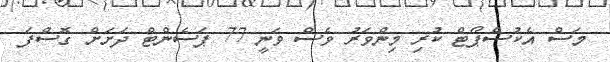
މަސް އެކުސްޕޯޓް ކުރި މިންވަރު ވެސް ވަނީ 77 ޕަސެންޓް ދަށަށް ގޮސްފަ